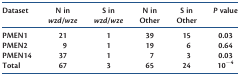
| Dataset | N in wzd/wze | S in wzd/wze | N in Other | S in Other | P value |
 | --- | --- | --- | --- | --- | --- |
 | PMEN1 | 21 | 1 | 39 | 15 | 0.03 |
 | PMEN2 | 9 | 1 | 19 | 6 | 0.64 |
 | PMEN14 | 37 | 1 | 7 | 3 | 0.03 |
 | Total | 67 | 3 | 65 | 24 | 10−4 |